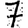
Digit: 7